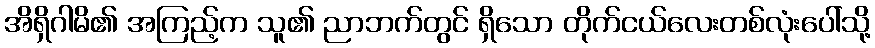
အိရှိဂါမိ၏ အကြည့်က သူ၏ ညာဘက်တွင် ရှိသော တိုက်ငယ်လေးတစ်လုံးပေါ်သို့